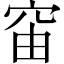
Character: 𥥉